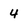
Character: 4